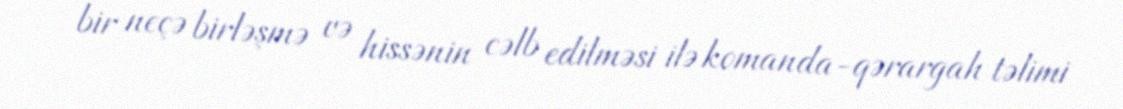
bir neçə birləşmə və hissənin cəlb edilməsi ilə komanda-qərargah təlimi